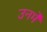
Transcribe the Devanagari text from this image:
उनमेें